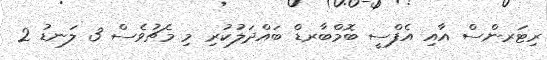
ރިޓަރންސް އާއި އެފްސީ ބޮމްބާރޑް ބައްދަލުކުރި މި މެޗުވެސް 3 ލަނޑު 2